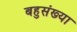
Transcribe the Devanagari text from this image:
बहुसंख्‍या